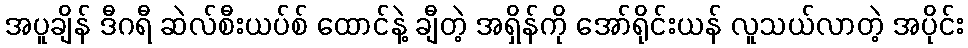
အပူချိန် ဒီဂရီ ဆဲလ်စီးယပ်စ် ထောင်နဲ့ ချီတဲ့ အရှိန်ကို အော်ရိုင်းယန် လူသယ်လာတဲ့ အပိုင်း